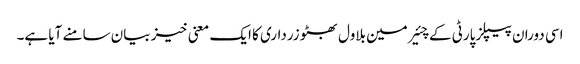
اسی دوران پیپلز پارٹی کے چئیرمین بلاول بھٹو زرداری کا ایک معنی خیز بیان سامنے آیا ہے۔